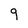
Character: 9